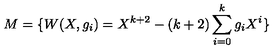
M = \{ W ( X , g _ { i } ) = X ^ { k + 2 } - ( k + 2 ) \sum _ { i = 0 } ^ { k } g _ { i } X ^ { i } \}